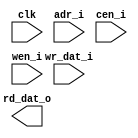
module db_mv_ram_sp_64x20 (
    clk         ,
    adr_i       ,
    cen_i       , // low active 
    wen_i       , // low active 
    wr_dat_i    ,
    rd_dat_o 
    );

//--- input/output declaration --------------------------
    input                   clk         ;
    input   [6      -1 :0]  adr_i       ;
    input                   cen_i       ;
    input                   wen_i       ;
    input   [20     -1 :0]  wr_dat_i    ;
    output  [20     -1 :0]  rd_dat_o    ;


`ifdef RTL_MODEL
  ram_1p #(
      .Word_Width(  20   ),
      .Addr_Width(  6    )
      ) u_ram_1p(
        .clk    ( clk       ),
        .cen_i  ( cen_i     ),
        .oen_i  ( 1'b0      ),
        .wen_i  ( wen_i     ),
        .addr_i ( adr_i     ),
        .data_i ( wr_dat_i  ),      
        .data_o ( rd_dat_o  )           
  );

`endif

`ifdef XM_MODEL 
    rfsphd_64x20 u_rfsphd_64x20(
        .Q      ( rd_dat_o  ), // data_o
        .CLK    ( clk       ), 
        .CEN    ( cen_i     ), 
        .WEN    ( wen_i     ), 
        .A      ( adr_i     ), // addr
        .D      ( wr_dat_i  ), // data_i
        .EMA    ( 3'b1 ), 
        .EMAW   ( 2'b0 ),
        .RET1N  ( 1'b1 )
        );   
`endif 
endmodule